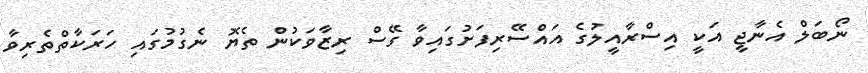
ނޯބަލް އެނާޖީ އަކީ އިސްރާއީލުގެ އައްސޭރިފަށުގައިވާ ގޭސް ރިޒާވަކުން ތެޔޮ ނެގުމުގައި ހަރަކާތްތެރިވާ